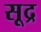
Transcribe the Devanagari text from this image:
सूद्र